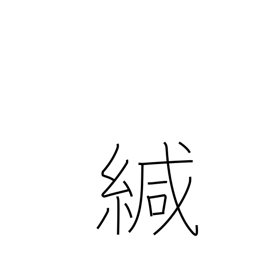
Meaning: seal